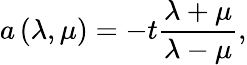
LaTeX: a\left(\lambda,\mu\right)=-t\frac{\lambda+\mu}{\lambda-\mu},